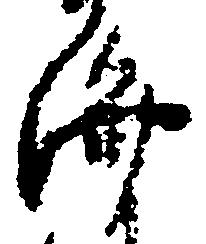
済